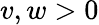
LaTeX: v,w>0